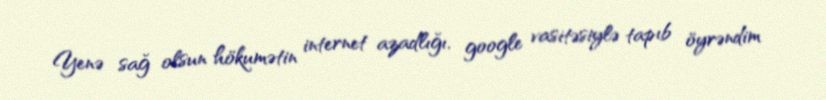
Yenə sağ olsun hökumətin internet azadlığı, google vasitəsiylə tapıb öyrəndim